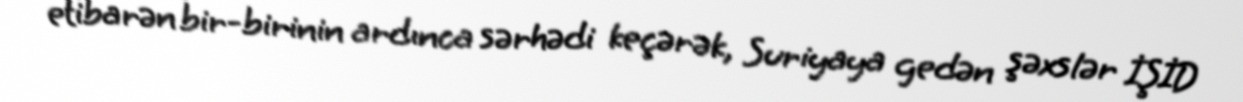
etibarən bir-birinin ardınca sərhədi keçərək, Suriyaya gedən şəxslər İŞİD